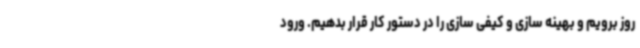
روز برویم و بهینه سازی و کیفی سازی را در دستور کار قرار بدهیم. ورود